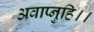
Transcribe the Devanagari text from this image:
अवाप्नुहि।।